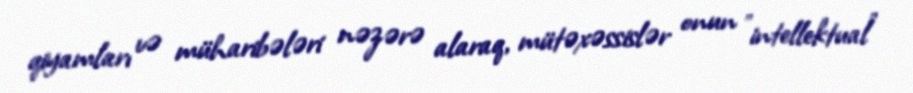
qiyamları və müharibələri nəzərə alaraq, mütəxəssislər onun "intellektual"